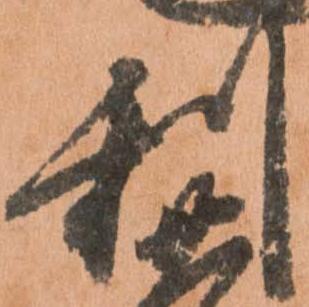
利